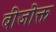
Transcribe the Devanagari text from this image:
बीजोक्त